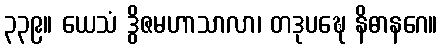
၃၃၉။ ယေသံ ဒွိဇမဟာသာလာ၊ တဒုပဍ္ဎေ နိဓာနဂေ။